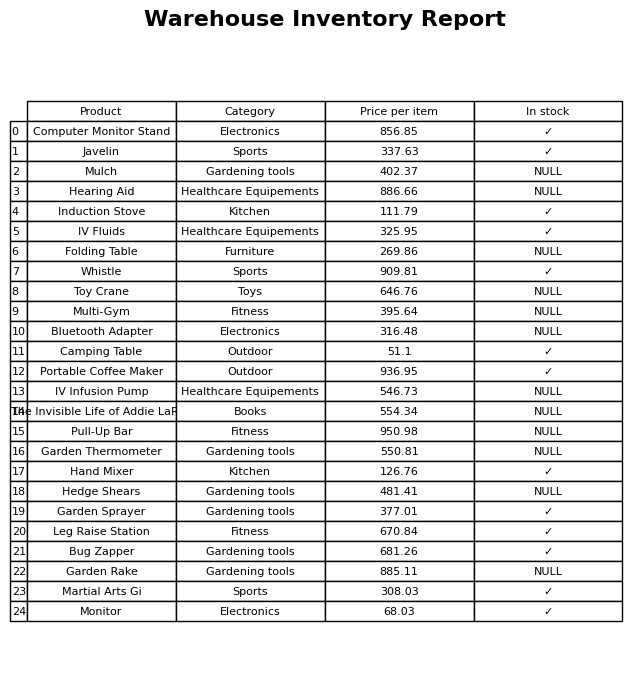
question: What is the price of the Garden Rake?
answer: The price of Garden Rake is 885.11.